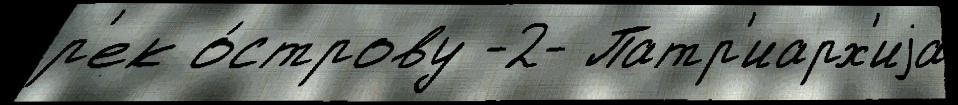
р'ек о́строву -2- Патр'иарх'иjа